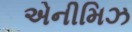
એનીમિઝ